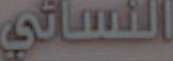
النسائي